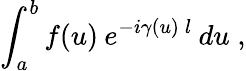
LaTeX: \int_{a}^{b}f(u)\: e^{-i\gamma(u)\: l}\: du\; ,